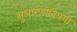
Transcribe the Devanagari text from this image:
सुधारणांविषयी